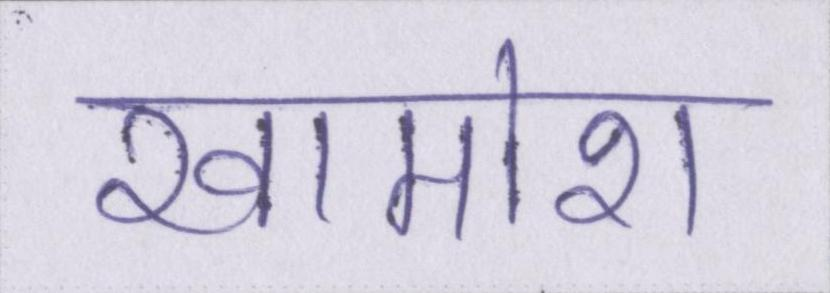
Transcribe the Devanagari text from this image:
खामोश